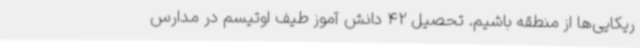
ریکایی‌ها از منطقه باشیم. تحصیل 42 دانش آموز طیف اوتیسم در مدارس